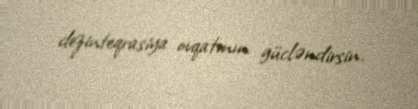
dezinteqrasiya ovqatının gücləndirsin.